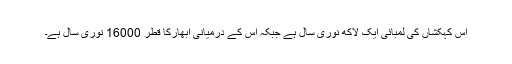
اس کہکشاں کی لمبائی ایک لاکھ نوری سال ہے جبکہ اس کے درمیانی ابھارکا قطر 16000 نوری سال ہے۔